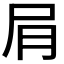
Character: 𫵔